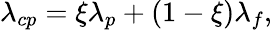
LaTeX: \lambda_{cp}=\xi\lambda_{p}+(1-\xi)\lambda_{f},